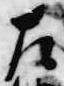
左